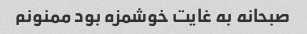
صبحانه به غایت خوشمزه بود ممنونم